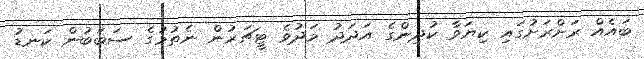
ބައެއް ރަށްރަށުގައި ކިޔަވާ ކުދިންގެ އަދަދު މަދުވެ ޓީޗަރުން ނެތުމުގެ ސަބަބުން ކަނޑު